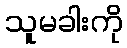
သူမခါးကို